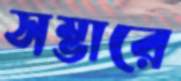
সম্ভারে